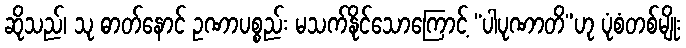
ဆိုသည်၊ သု ဓာတ်နောင် ဥဏာပစ္စည်း မသက်နိုင်သောကြောင့် “ပါပုဏာတိ”ဟု ပုံစံတစ်မျိုး